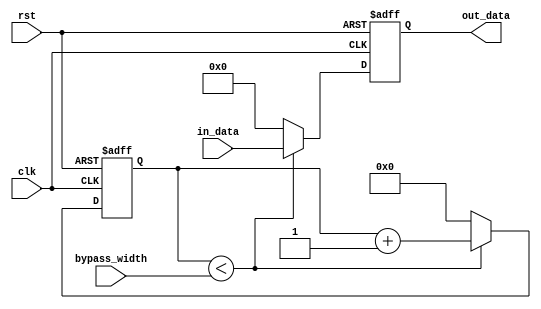
module variable_width_bypass_register (
    input wire clk,
    input wire rst,
    input wire [31:0] in_data,
    input wire [7:0] bypass_width,
    output reg [31:0] out_data
);

reg [7:0] bypass_counter;

always @(posedge clk or posedge rst) begin
    if (rst) begin
        out_data <= 0;
        bypass_counter <= 0;
    end else begin
        if (bypass_counter < bypass_width) begin
            out_data <= in_data;
            bypass_counter <= bypass_counter + 1;
        end else begin
            out_data <= 32'b0;
            bypass_counter <= 0;
        end
    end
end

endmodule